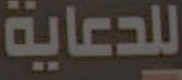
للدعاية